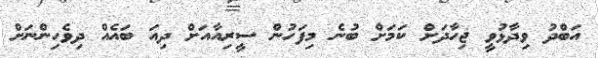
އަބްދު ވިދާޅުވީ ޖިހާދަށް ކަމަށް ބުނެ މިފަހުން ސީރިއާއަށް ދިއަ ބައެއް ދިވެހިންނަށް